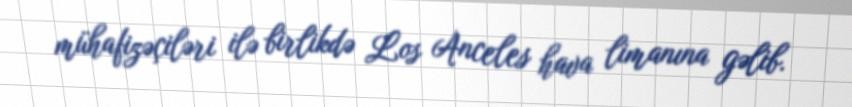
mühafizəçiləri ilə birlikdə Los Anceles hava limanına gəlib.